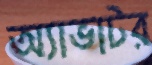
অ্যাভাটর